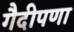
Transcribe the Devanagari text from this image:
गैदीपणा